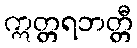
ဣတ္တရဘတ္တီ